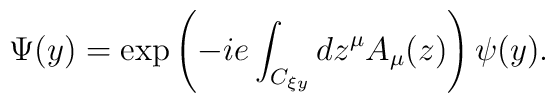
\Psi (y) = \exp \left( { - ie\int_{C_{\xi y} } {dz^\mu  A_\mu (z)}} \right)\psi (y) .